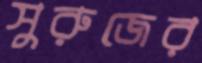
সুরুজের